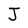
Character: J